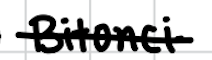
Text: Bitonci
Cross-out: single-line
Writing tool: digital_black